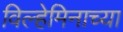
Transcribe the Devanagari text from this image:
विल्हेमिनाच्या